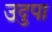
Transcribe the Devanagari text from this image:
उदुपा